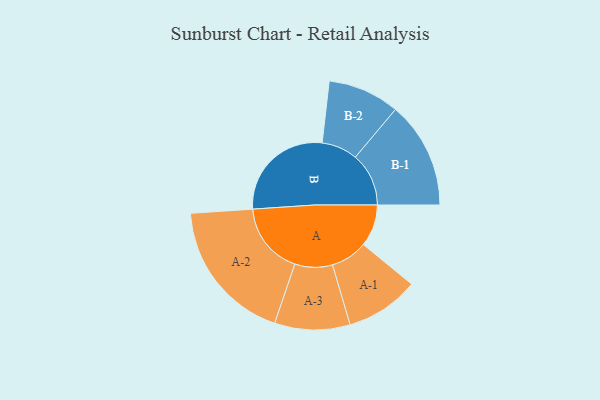
{"axis": {"x": "Segment", "y": "Value"}, "legend": ["", "A", "B"], "data": [{"x": "A", "y": 144, "type": ""}, {"x": "B", "y": 368, "type": ""}, {"x": "A-1", "y": 126, "type": "A"}, {"x": "A-2", "y": 247, "type": "A"}, {"x": "A-3", "y": 129, "type": "A"}, {"x": "B-1", "y": 183, "type": "B"}, {"x": "B-2", "y": 123, "type": "B"}]}